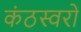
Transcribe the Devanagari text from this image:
कंठस्वरों